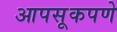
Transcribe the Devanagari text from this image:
आपसूकपणे